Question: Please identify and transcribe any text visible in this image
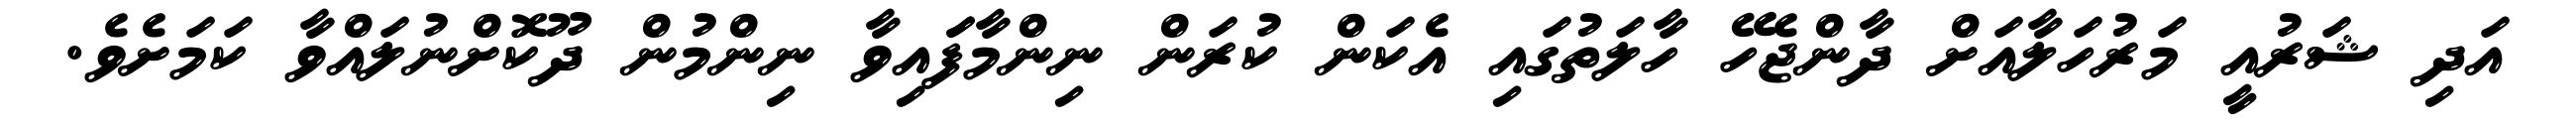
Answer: އަދި ޝަރުއީ މަރުހަލާއަށް ދާންޖެހޭ ހާލަތުގައި އެކަން ކުރަން ނިންމާފަައިވާ ނިންމުން ދޫކޮށްނުލައްވާ ކަމަށެވެ.